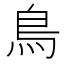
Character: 鳥